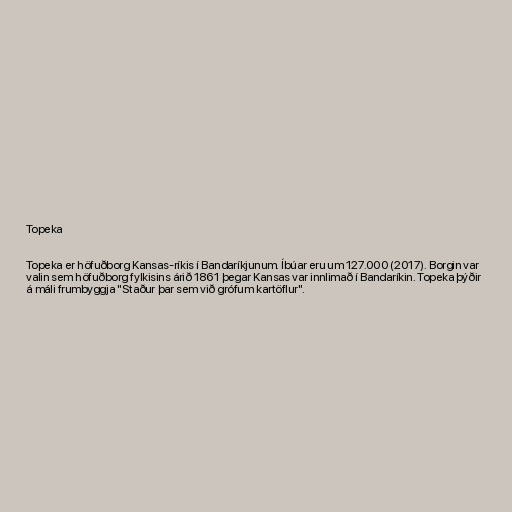
Topeka

Topeka er höfuðborg Kansas-ríkis í Bandaríkjunum. Íbúar eru um 127.000 (2017). Borgin var
valin sem höfuðborg fylkisins árið 1861 þegar Kansas var innlimað í Bandaríkin. Topeka þýðir
á máli frumbyggja "Staður þar sem við grófum kartöflur".